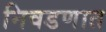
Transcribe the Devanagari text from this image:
निवडणात